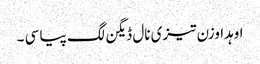
اوہدا وزن تیزی نال ڈیگن لگ پیا سی ۔